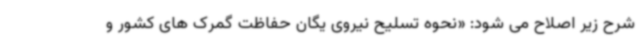
شرح زیر اصلاح می شود: «نحوه تسلیح نیروی یگان حفاظت گمرک های کشور و